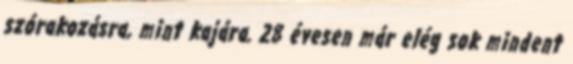
szórakozásra, mint kajára. 28 évesen már elég sok mindent